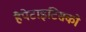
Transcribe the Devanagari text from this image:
हैपेटाइटिसको